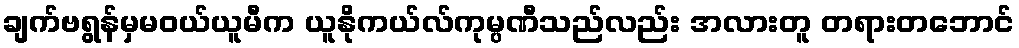
ချက်ဗရွန်မှမဝယ်ယူမီက ယူနိုကယ်လ်ကုမ္ပဏီသည်လည်း အလားတူ တရားတဘောင်